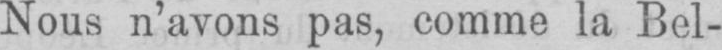
Nous n’avons pas, comme la Bel-